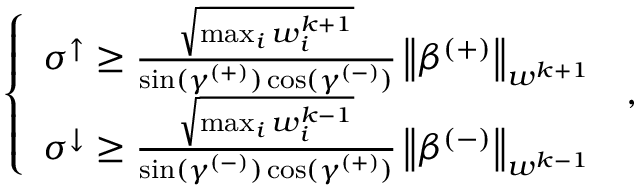
\begin{array} { r } { \left\{ \begin{array} { l l } { \sigma ^ { \uparrow } \geq \frac { \sqrt { \operatorname* { m a x } _ { i } w _ { i } ^ { k + 1 } } } { \sin ( \gamma ^ { ( + ) } ) \cos ( \gamma ^ { ( - ) } ) } \left\lVert \beta ^ { ( + ) } \right\rVert _ { w ^ { k + 1 } } } \\ { \sigma ^ { \downarrow } \geq \frac { \sqrt { \operatorname* { m a x } _ { i } w _ { i } ^ { k - 1 } } } { \sin ( \gamma ^ { ( - ) } ) \cos ( \gamma ^ { ( + ) } ) } \left\lVert \beta ^ { ( - ) } \right\rVert _ { w ^ { k - 1 } } } \end{array} \right. \, , } \end{array}